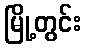
မြို့တွင်း